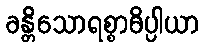
ခန္တိသောရစ္စာဓိပ္ပါယာ